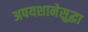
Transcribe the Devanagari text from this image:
अपयशानेसुद्धा